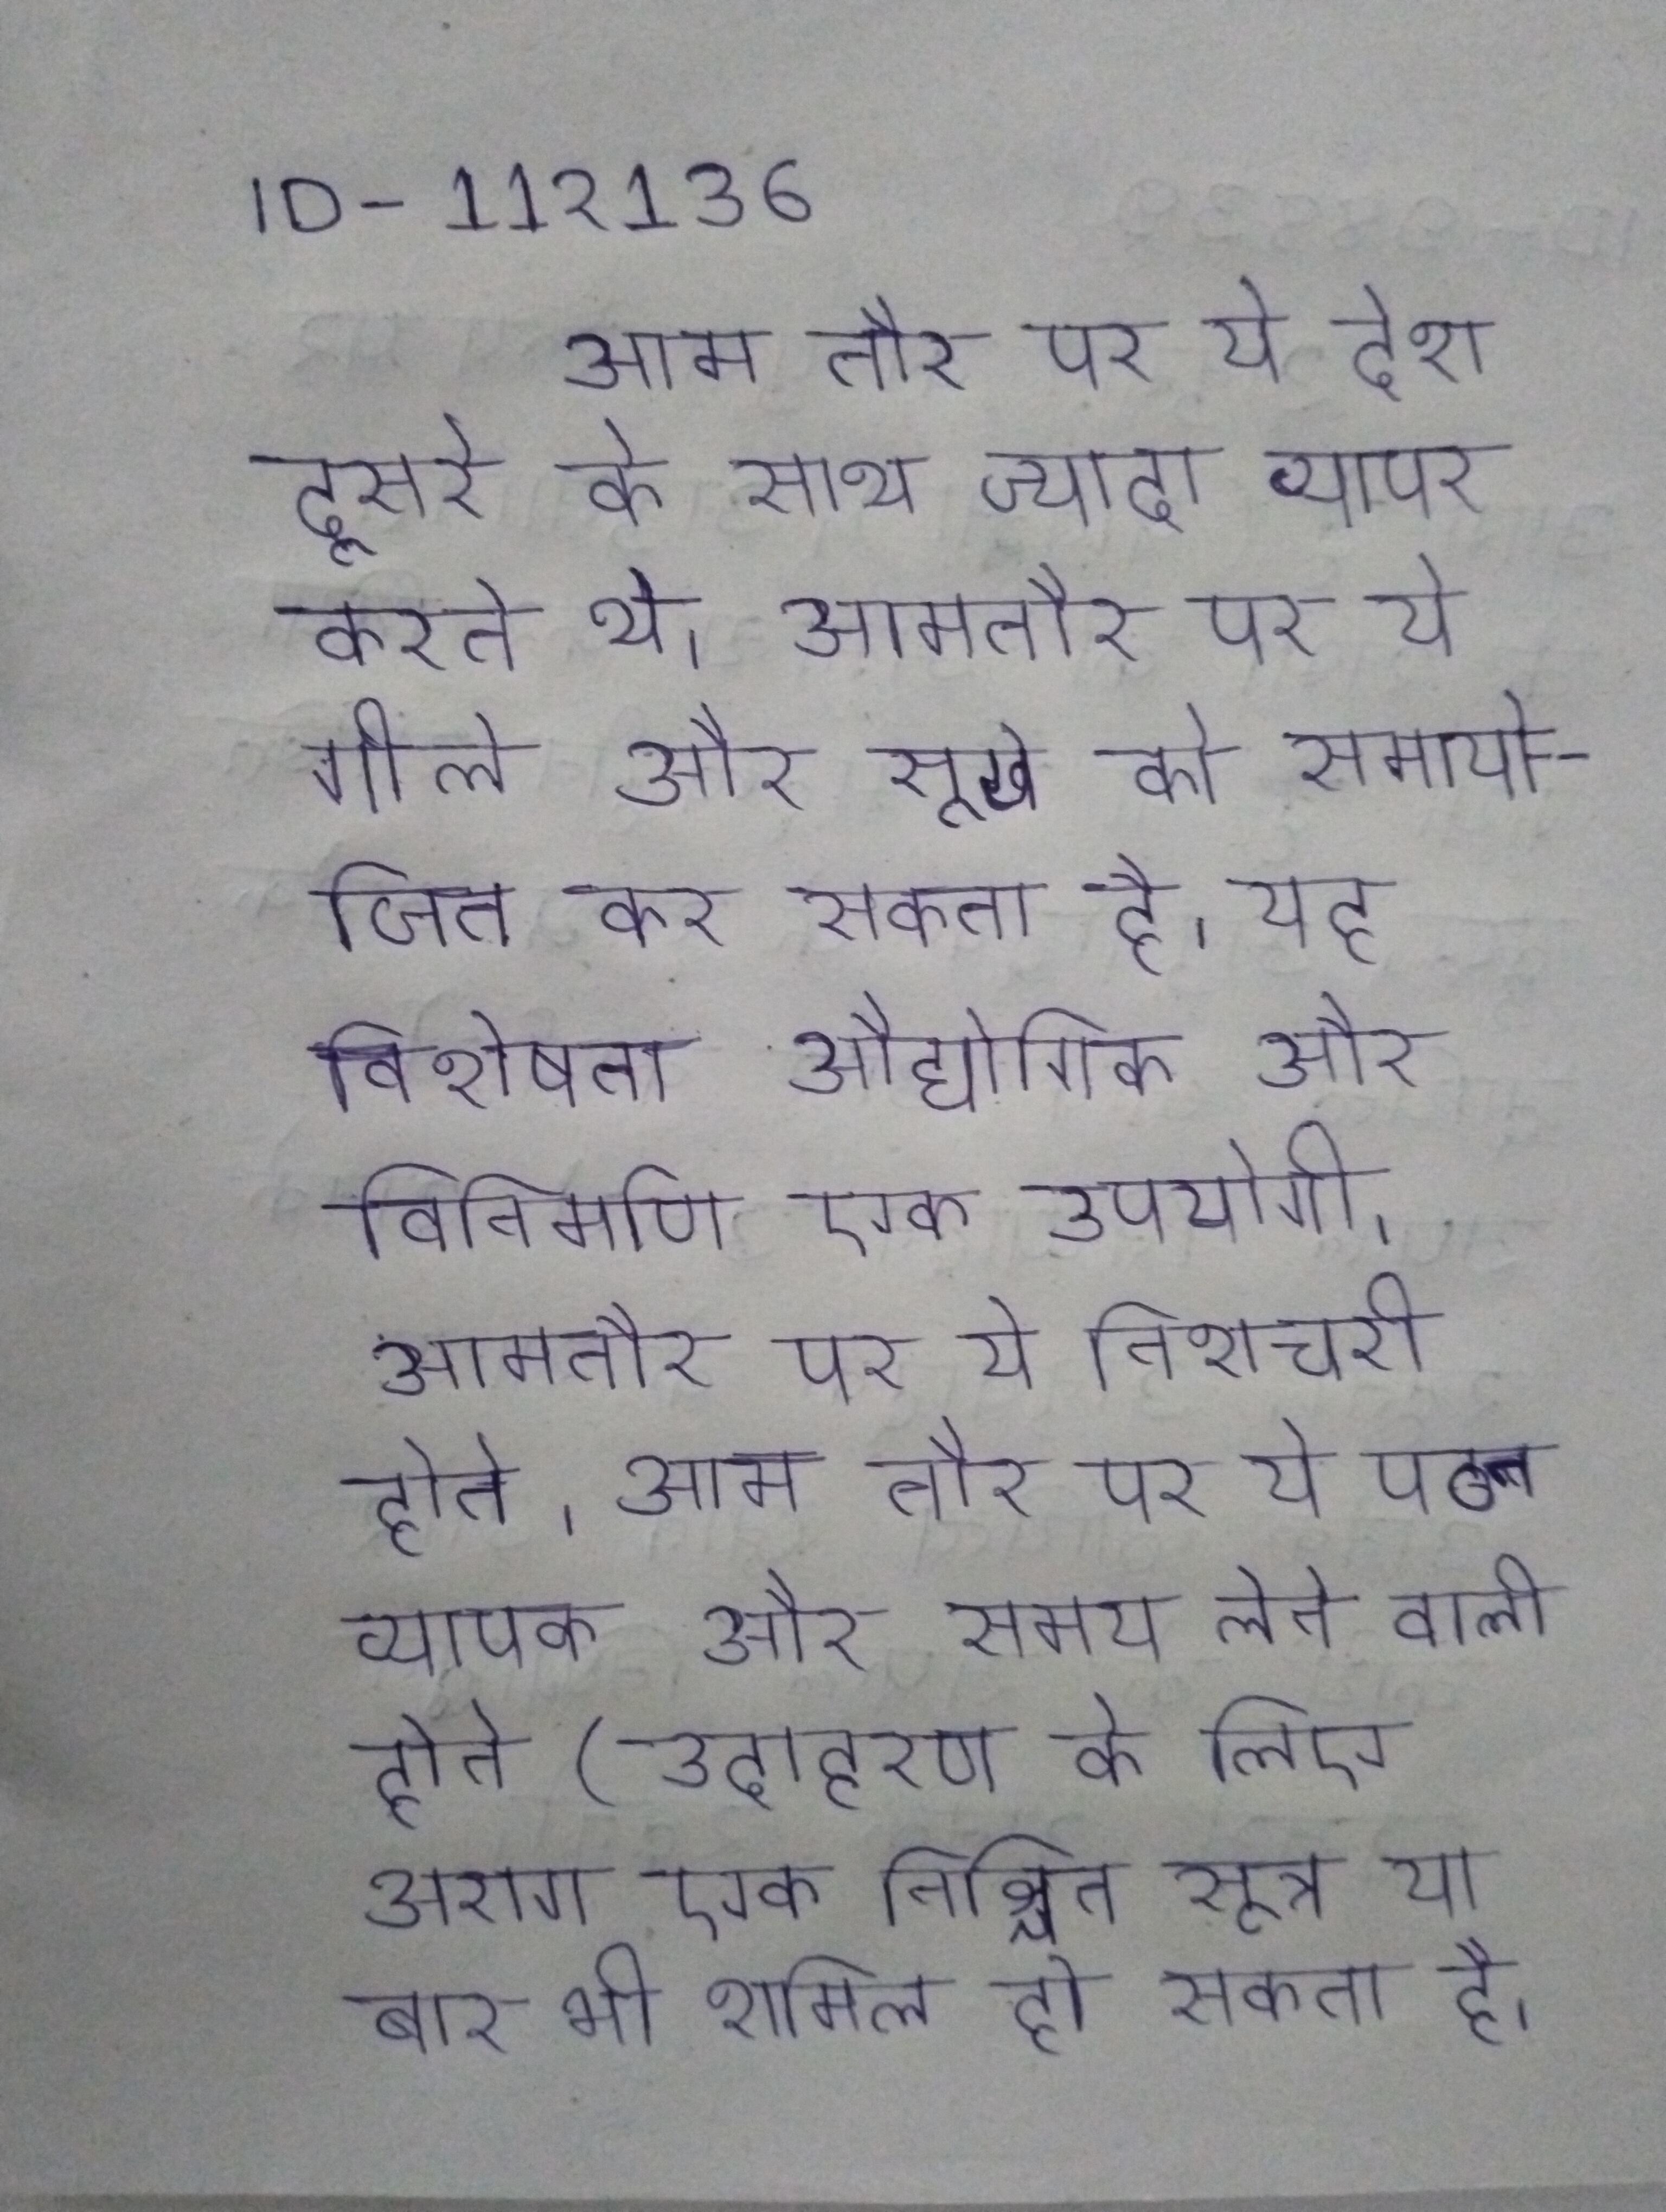
आम तौर पर ये देश दूसरे के साथ ज्यादा व्यापर करते थे । आमतौर पर ये गीले और सूखे को समायोजित कर सकता है, यह विशेषता औद्योगिक और विनिर्माण एक उपयोगी । आमतौर पर ये निशाचरी होते । आम तौर पर ये पठन व्यापक और समय लेने वाली होते (उदाहरण के लिए अराग एक निश्चित सूत्र या बार भी शामिल हो सकता है) ।